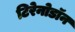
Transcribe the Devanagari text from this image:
टिरेनोडॉन